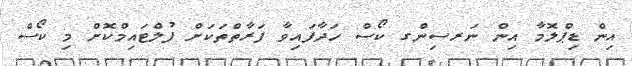
އިން ޑިޕްލޮމާ އިން ނަރސިންގ ކޯސް ހަދާފައިވާ ފަރާތްތަކަށް ފުލްޓައިމްކޮށް މި ކޯސް